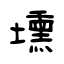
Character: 壎